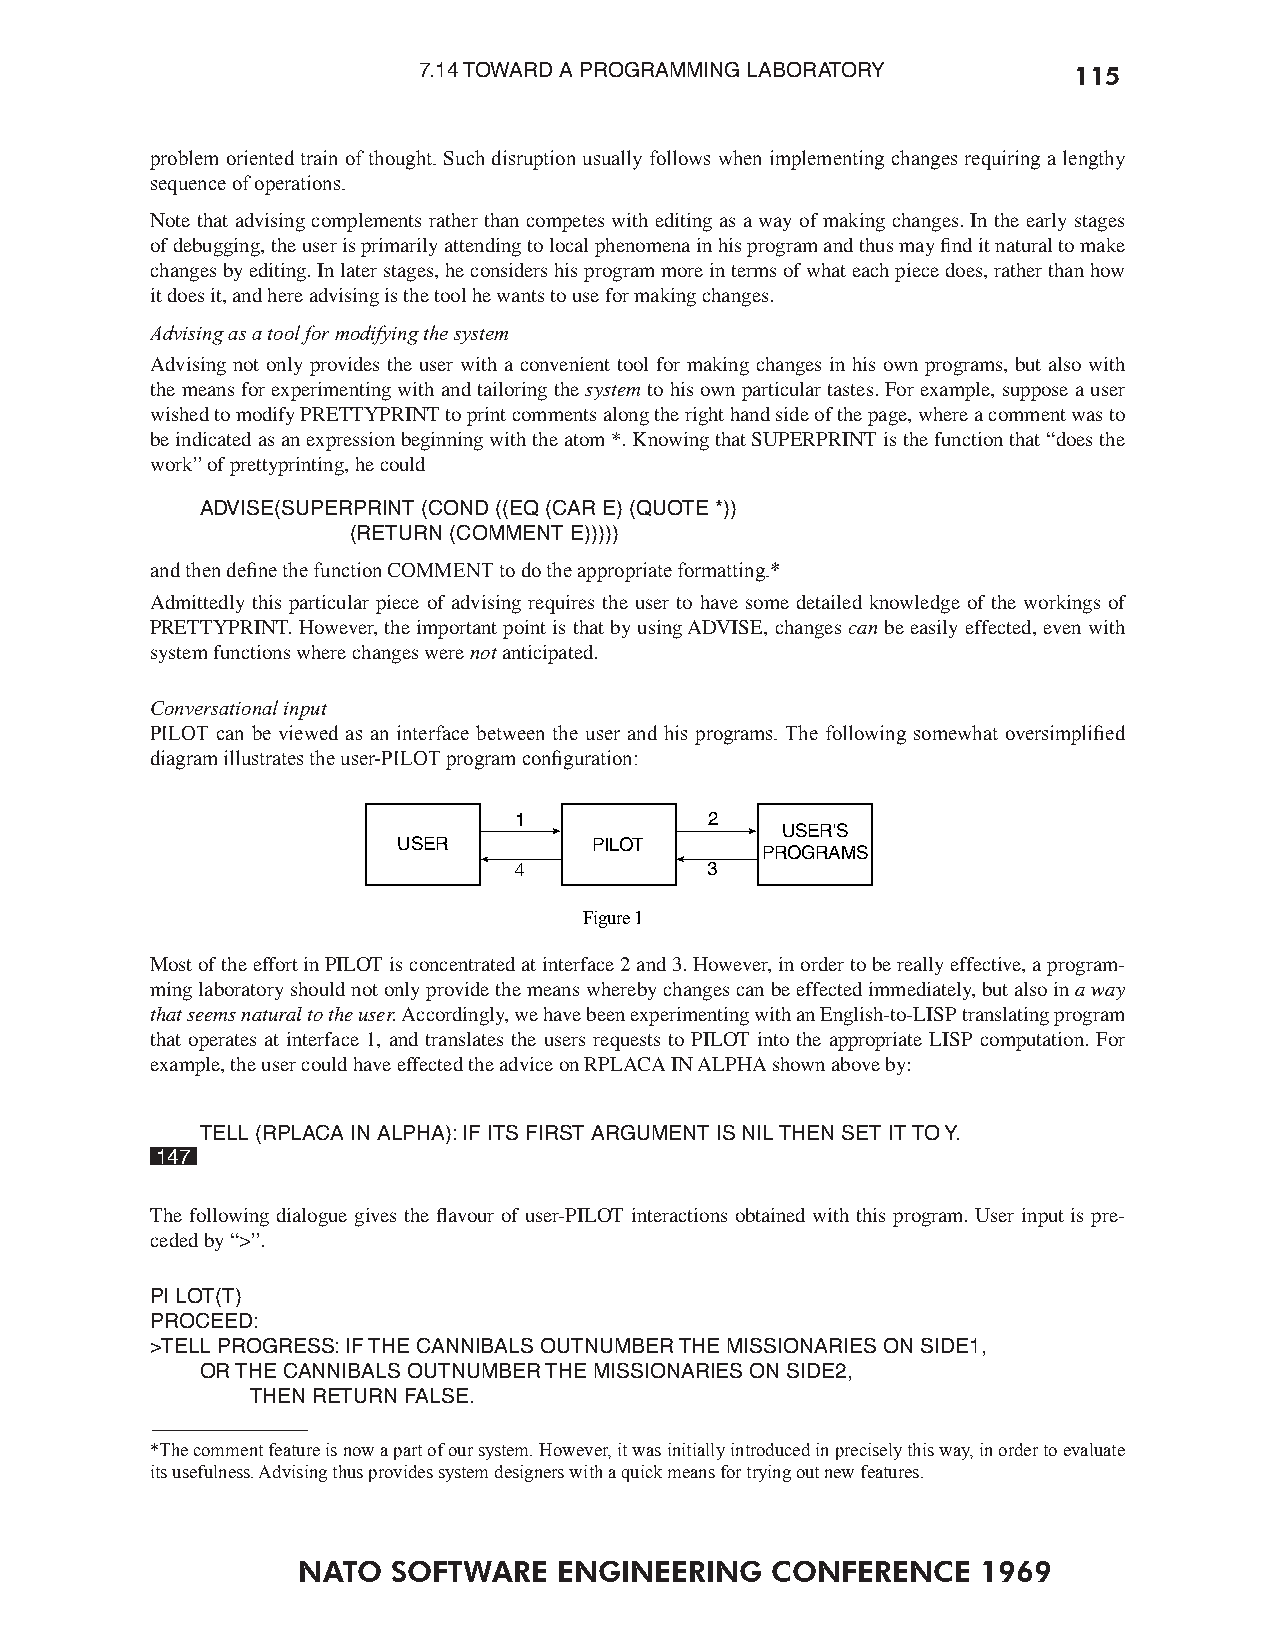
7.14 TOWARD A PROGRAMMING LABORATORY       115
 problem oriented train of thought. Such disruption usually follows when implementing changes requiring a lengthy
 sequence of operations.
 Note that advising complements rather than competes with editing as a way of making changes. In the early stages
 of debugging, the user is primarily attending to local phenomena in his program and thus may find it natural to make
 changes by editing. In later stages, he considers his program more in terms of what each piece does, rather than how
 it does it, and here advising is the tool he wants to use for making changes.
 Advising as a tool for modifying the system
 Advising not only provides the user with a convenient tool for making changes in his own programs, but also with
 the means for experimenting with and tailoring the system to his own particular tastes. For example, suppose a user
 wished to modify PRETTYPRINT to print comments along the right hand side of the page, where a comment was to
 be indicated as an expression beginning with the atom *. Knowing that SUPERPRINT is the function that “does the
 work” of prettyprinting, he could
 ADVISE(SUPERPRINT (COND ((EQ (CAR E) (QUOTE *))
 (RETURN (COMMENT E)))))
 and then dene the function COMMENT to do the appropriate formatting.*
 Admittedly this particular piece of advising requires the user to have some detailed knowledge of the workings of
 PRETTYPRINT. However, the important point is that by using ADVISE, changes can be easily effected, even with
 system functions where changes were not anticipated.
 Conversational input
 PILOT can be viewed as an interface between the user and his programs. The following somewhat oversimplied
 diagram illustrates the user-PILOT program conguration:
 1            2
 USER'S
 USER         PILOT
 PROGRAMS
 4            3
 Figure 1
 Most of the effort in PILOT is concentrated at interface 2 and 3. However, in order to be really effective, a program-
 ming laboratory should not only provide the means whereby changes can be effected immediately, but also in a way
 that seems natural to the user. Accordingly, we have been experimenting with an English-to-LISP translating program
 that operates at interface 1, and translates the users requests to PILOT into the appropriate LISP computation. For
 example, the user could have effected the advice on RPLACA IN ALPHA shown above by:
 TELL (RPLACA IN ALPHA): IF ITS FIRST ARGUMENT IS NIL THEN SET IT TO Y.
 147
 The following dialogue gives the flavour of user-PILOT interactions obtained with this program. User input is pre-
 ceded by “>”.
 PI LOT(T)
 PROCEED:
 >TELL PROGRESS: IF THE CANNIBALS OUTNUMBER THE MISSIONARIES ON SIDE1,
 OR THE CANNIBALS OUTNUMBER THE MISSIONARIES ON SIDE2,
 THEN RETURN FALSE.
 *The comment feature is now a part of our system. However, it was initially introduced in precisely this way, in order to evaluate
 its usefulness. Advising thus provides system designers with a quick means for trying out new features.
 NATO  SOFTWARE   ENGINEERING   CONFERENCE    1969